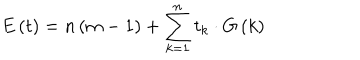
LaTeX: E \left( t \right) = n \left( m - 1 \right) + \sum _ { k = 1 } ^ { n } t _ { k } \cdot G \left( k \right)